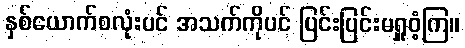
နှစ်ယောက်စလုံးပင် အသက်ကိုပင် ပြင်းပြင်းမရှူဝံ့ကြ။